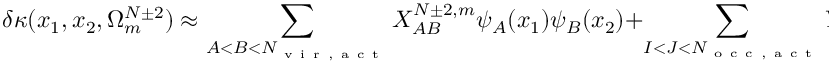
\delta \kappa ( x _ { 1 } , x _ { 2 } , \Omega _ { m } ^ { N \pm 2 } ) \approx \sum _ { A < B < N _ { \mathrm { ~ v ~ i ~ r ~ , ~ a ~ c ~ t ~ } } } X _ { A B } ^ { N \pm 2 , m } \psi _ { A } ( x _ { 1 } ) \psi _ { B } ( x _ { 2 } ) + \sum _ { I < J < N _ { \mathrm { ~ o ~ c ~ c ~ , ~ a ~ c ~ t ~ } } } Y _ { I J } ^ { N \pm 2 , m } \psi _ { I } ( x _ { 1 } ) \psi _ { J } ( x _ { 2 } ) .